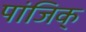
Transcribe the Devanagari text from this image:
पांजिक्